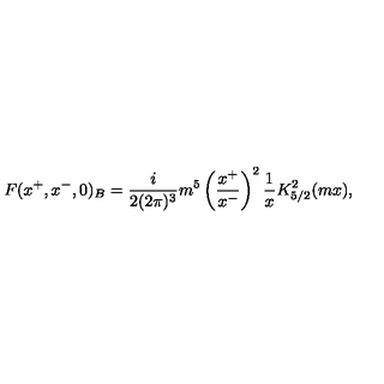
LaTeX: F ( x ^ { + } , x ^ { - } , 0 ) _ { B } = \frac { i } { 2 ( 2 \pi ) ^ { 3 } } m ^ { 5 } \left( \frac { x ^ { + } } { x ^ { - } } \right) ^ { 2 } \frac { 1 } { x } K _ { 5 / 2 } ^ { 2 } ( m x ) ,